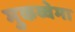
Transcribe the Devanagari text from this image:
मुकव्वेमा